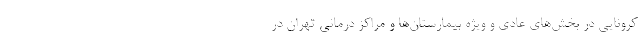
کرونایی در بخش‌های عادی و ویژه بیمارستان‌ها و مراکز درمانی تهران در